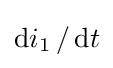
{\text{d}}i_{1}\,/\,{\text{d}}t